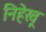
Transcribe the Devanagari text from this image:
निहेखू